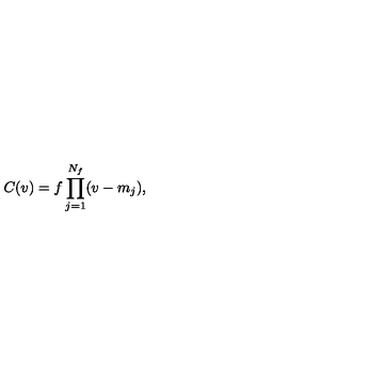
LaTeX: C ( v ) = f \prod _ { j = 1 } ^ { N _ { f } } ( v - m _ { j } ) ,